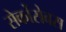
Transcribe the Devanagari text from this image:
सेर्कोसेबस